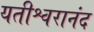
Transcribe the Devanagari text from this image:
यतीश्वरानंद